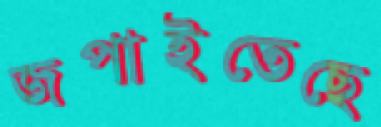
জপাইতেছে